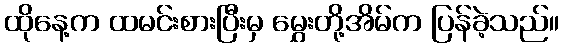
ထိုနေ့က ထမင်းစားပြီးမှ မွှေးတို့အိမ်က ပြန်ခဲ့သည်။